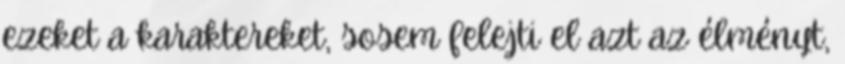
ezeket a karaktereket, sosem felejti el azt az élményt,